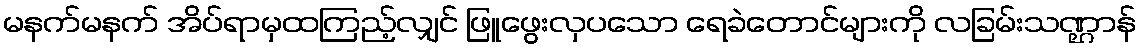
မနက်မနက် အိပ်ရာမှထကြည့်လျှင် ဖြူဖွေးလှပသော ရေခဲတောင်များကို လခြမ်းသဏ္ဌာန်